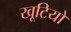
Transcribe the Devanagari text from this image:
खूटियों